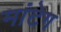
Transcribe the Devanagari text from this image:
मांटेग